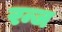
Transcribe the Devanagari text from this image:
रन्ज